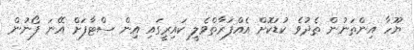
ޔޫހާ އިންތަނުން ތެދުވެ ކުޑަކޮށް އެއްފަރާތްވެލީ ކައިރީގައި އިން ސްޓާފަށް އޭނަ ފޯނުން